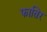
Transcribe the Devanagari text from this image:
फातिर